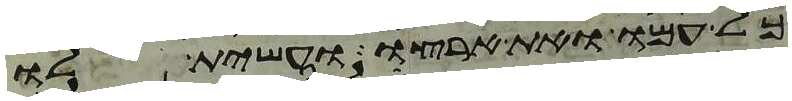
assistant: כל עמו ואת ארצו ועשית לו